Report on horse surra - Volume I
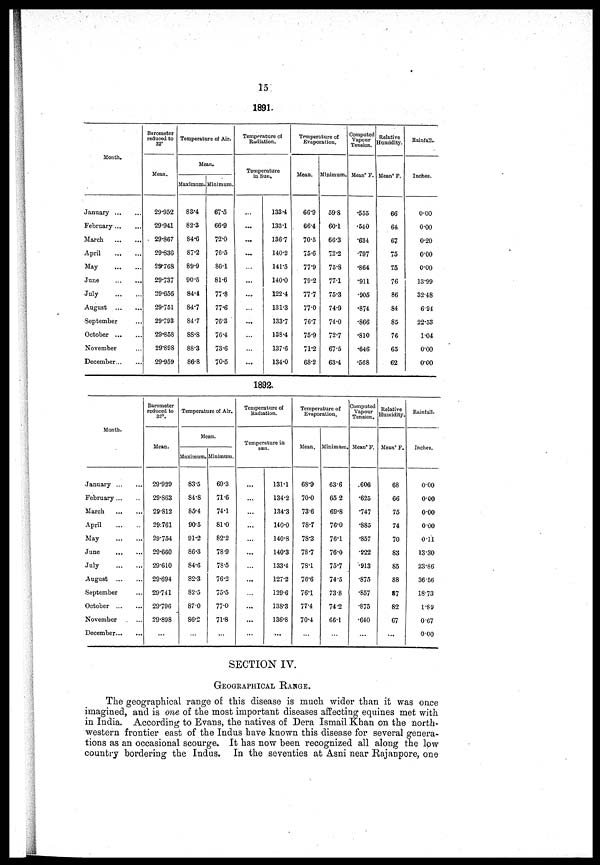
15
1891.
Month.
January
February
March
April
May
June
July
August
September
October
November
December
Barometer
reduced to
32°
Mean.
29.952
29.941
29.867
29.836
29.768
29.737
29.656
29.751
29.793
29.858
29.898
29.959
Temperature of Air.
Mean.
Maximum.
83.4
82.3
84.6
87.2
89.9
90.5
84.4
84.7
84.7
88.8
88.3
86.8
Minimum.
67.5
66.9
72.0
76.5
80.1
81.6
77.8
77.6
76.3
76.4
73.6
70.5
Temperature of
Radiation.
Temperature
in Sun.
...
...
...
...
...
...
.....
...
...
...
...
...
133.4
133.1
136.7
140.2
141.5
140.0
122.4
131.3
133.7
138.4
137.6
134.0
Temperature of
Evaporation.
Mean.
66.9
66.4
70.5
75.6
77.9
79.2
77.7
77.0
76.7
75.9
71.2
68.2
Minimum.
59.8
60.1
66.3
72.2
75.8
77.1
75.3
74.9
74.0
72.7
67.5
63.4
Computed
Vapour
Tension.
Meanº F.
.555
.540
.634
.797
.864
.911
.905
.874
.866
.810
.646
.568
Relative
Humidity.
Meanº F.
66
64
67
75
75
76
86
84
85
76
65
62
Rainfall..
Inches.
0.00
0.00
0.20
0.00
0.00
13.99
32.48
6.94
22.53
1.04
0.00
0.00
1892.
Month.
January
February
March
April
May
June
July
August
September
October
November
December
Barometer
reduced to
32°.
Mean.
29.929
29.863
29.812
29:761
29.754
29.660
29.610
29.694
29.741
29.796
29.898
...
Temperature of Air.
Mean.
Maximum.
83.5
84.8
85.4
905
91.2
86.3
84.6
82.3
82.5
87.0
86.2
...
Minimum.
69.3
71.6
74.1
81.0
82.2
78.9
78.5
76.2
75.5
77.0
71.8
...
Temperature of
Radiation.
Temperature in
sun.
...
...
...
...
...
...
...
...
...
...
...
...
131.1
134.2
134.3
140.0
140.8
140.3
133.4
127.2
129.6
138.3
136.8
...
Temperature of
Evaporation,
Mean.
68.9
70.0
736
78.7
78.3
78.7
78.1
76.6
761
77.4
70.4
...
Minimum.
63.6
65 2
69.8
76.0
76.1
76.0
75.7
74.5
73.8
74.2
66.1
...
Computed
Vapour
Tension.
Meanº F.
.606
.625
.747
.885
.857
.922
.913
.875
.857
.875
.640
...
Relative
Humidity.
Meanº F.
68
66
75
74
70
83
85
88
87
82
67
...
Rainfall.
Inches.
0.00
0.00
000
0 00
0.11
13.30
23'86
36.56
18.73
1.89
0 67
0.00
SECTION IV.
GEOGRAPHICAL RANGE.
The geographical range of this disease is much wider than it was once
imagined, and is one of the most important diseases affecting equines met with
in India. According to Evans, the natives of Dera Ismail Khan on the north-
western frontier east of the Indus have known this disease for several genera-
tions as an occasional scourge. It has now been recognized all along the low
country bordering the Indus. In the seventies at Asni near Rajanpore, one